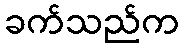
ခက်သည်က